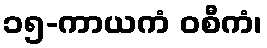
၁၅-ကာယကံ ဝစီကံ၊